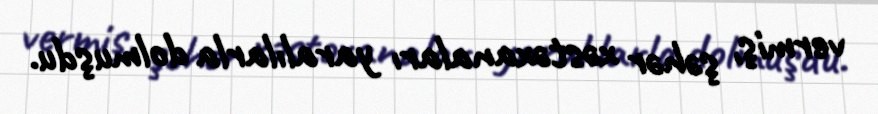
vermiş, şəhər xəstəxanaları yaralılarla dolmuşdu.